Report on the Civil Veterinary Department, Eastern Bengal and Assam - 1907-1911
Year: 1907
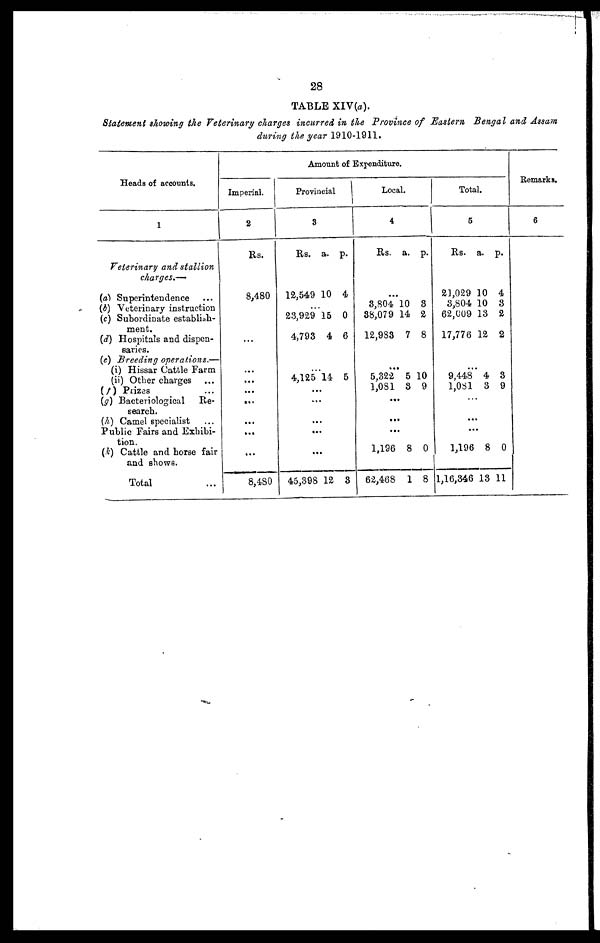
28
TABLE XlV(a).
Statement showing the Veterinary charges incurred in the Province of Eastern Bengal and Assam
during the year 1910-1911.
Heads of accounts.
1
Veterinary and stallion
charges.—
(a) Superintendence
(b) Veterinary instruction
(c) Subordinate establish-
ment.
(d) Hospitals and dispen-
saries.
(e) Breeding
operations.—
(i) Hissar Cattle Farm
(ii) Other charges
(f) Prizes ...
(g) Bacteriological
Re-
search.
(h) Camel specialist
Public Fairs and Exhibi-
tion.
(k) Cattle and horse fair
and shows.
Total
Imperial.
2
Rs.
8,480
...
...
...
...
...
...
...
8,480
Amount of Expenditure.
Provincial
3
Rs. a. p.
12,549 10 4
...
23,929 15 0
4,793 4 6
4,12514 5
...
...
...
...
...
45,398 12 3
Local.
4
Rs. a. p.
...
8,804 10 8
88,079 14 2
12,983 7 8
...
5,322 5 10
1,081 8 9
...
...
...
1,196 8 0
62,468 1 8
Total.
5
Rs. a. p.
21,029 10 4
3,804 10 3
62,009 13 2
17,776 12 2
...
9,448 4 3
1,081 3 9
...
...
...
1,196 8 0
1,16,346 13 11
Remarks.
6